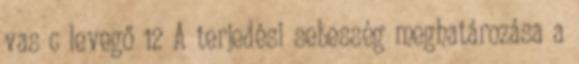
vas c levegő 12 A terjedési sebesség meghatározása a